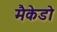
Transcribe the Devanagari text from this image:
मैकेडो